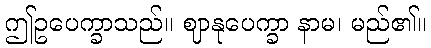
ဤဥပေက္ခာသည်။ ဈာနုပေက္ခာ နာမ၊ မည်၏။